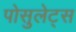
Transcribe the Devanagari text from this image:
पोसुलेट्स